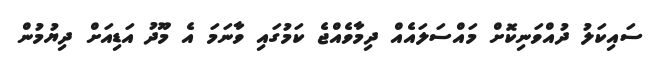
ސައިކަލު ދުއްވަނިކޮށް މައްސަލައެއް ދިމާވެއްޖެ ކަމުގައި ވާނަމަ އެ މޫދު އަޑިއަށް ދިޔުމުން